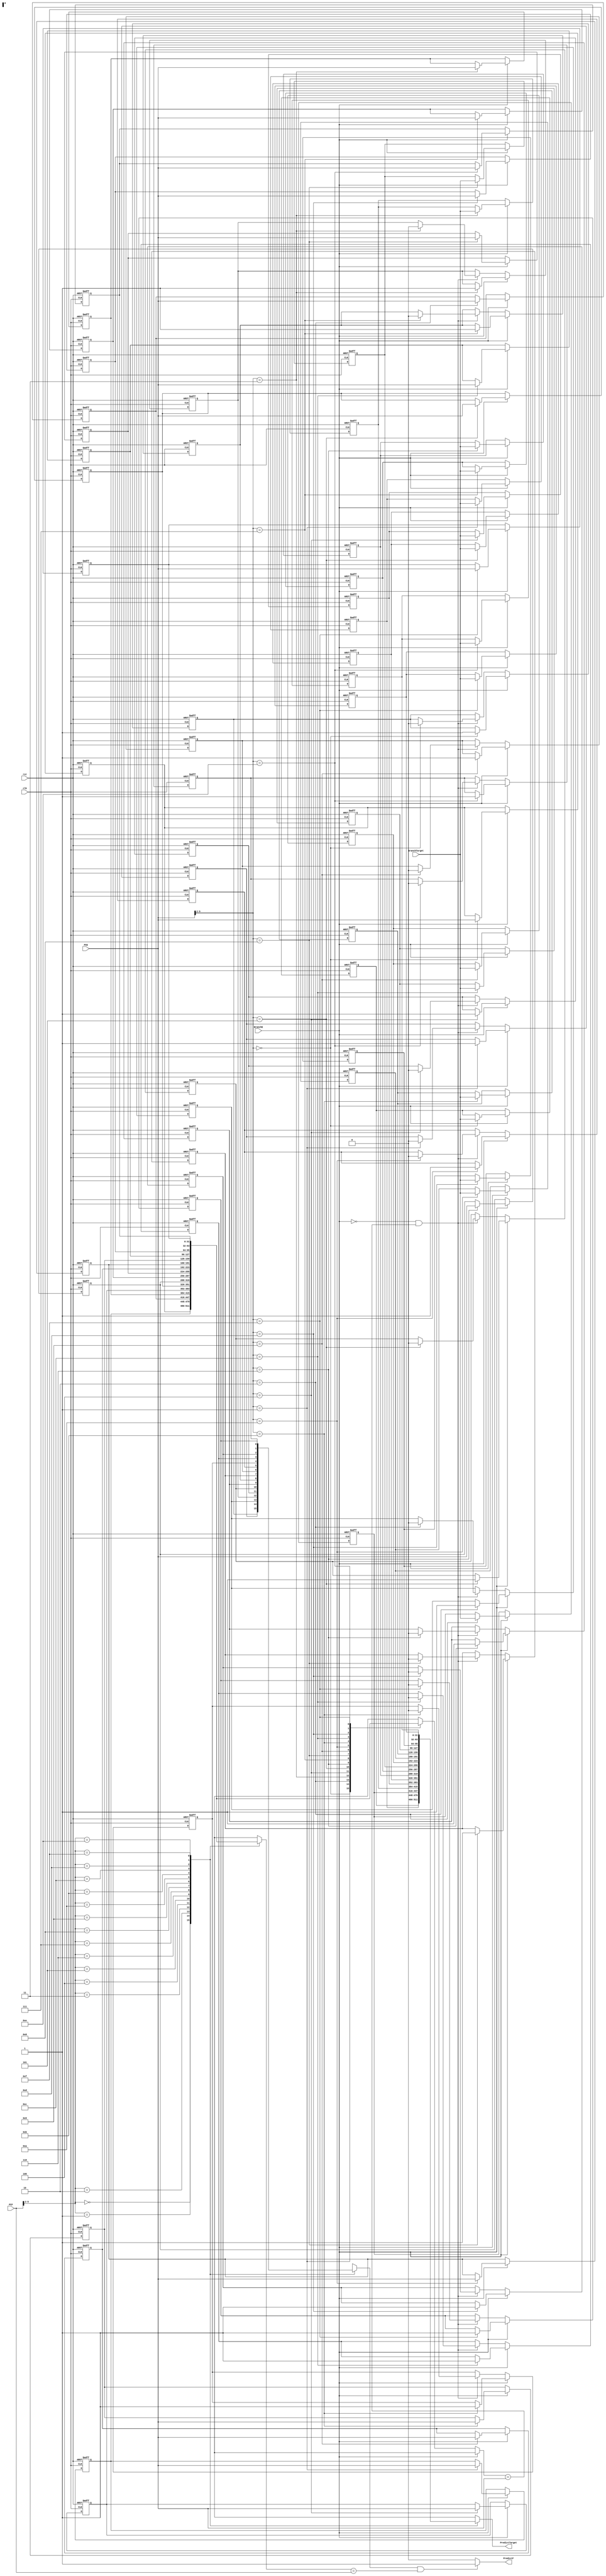
`timescale 1ns / 1ps

module BTB(
    input wire clk,
    input wire rst,
    input wire [31:0] PCF,
    input wire [31:0] PCE,
    input wire BranchE,
    input wire [31:0] BranchTarget,
    output reg PredictF,
    output wire [31:0] PredictTarget
    );

    localparam LEN = 4;
    localparam SIZE = 1 << LEN;
    reg [31:0] BranchPC [0:SIZE-1];
    reg [31:0] PredictPC [0:SIZE-1];
    reg Extra [0:SIZE-1];

    wire [LEN-1:0] PCF_Index = PCF[LEN+1:2];
    wire [LEN-1:0] PCE_Index = PCE[LEN+1:2];

    assign PredictTarget = PredictPC[PCF_Index];

    always @ (*) begin
        if (Extra[PCF_Index] && (BranchPC[PCF_Index] == PCF))
            PredictF <= 1;
        else
            PredictF <= 0;
    end

    integer i;
    always @ (negedge clk or posedge rst) begin
        if (rst) begin
            for (i = 0; i < SIZE; i = i + 1) begin
                BranchPC[i] <= 0;
                PredictPC[i] <= 0;
                Extra[i] <= 0;
            end
        end
        else if (BranchE) begin
            BranchPC[PCE_Index] <= PCE;
            PredictPC[PCE_Index] <= BranchTarget;
            Extra[PCE_Index] <= 1;
        end
        else if (!BranchE && (BranchPC[PCE_Index] == PCE)) begin
            Extra[PCE_Index] <= 0;
        end
    end

endmodule